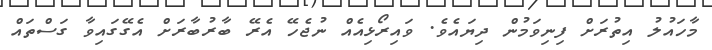
މާހައުލު އިތުރަށް ފިނިވަމުން ދިޔައެވެ. ވައިރޯޅިއެއް ނުޖެހޭ އެރޭ ބާރުބާރަށް އެގޭގައިވާ ގަސްތައް